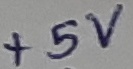
Text: +5V